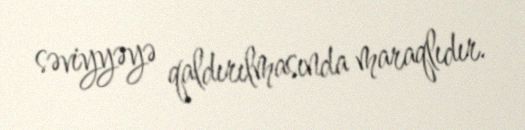
səviyyəyə qaldırılmasında maraqlıdır.